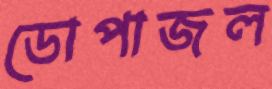
ডোপাজল